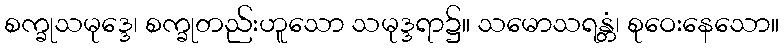
စက္ခုသမုဒ္ဒေ၊ စက္ခုတည်းဟူသော သမုဒ္ဒရာ၌။ သမောသရန္တံ၊ စုဝေးနေသော။